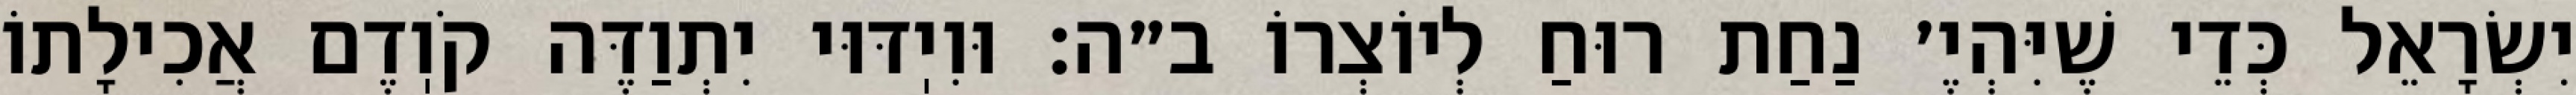
יִשְׂרָאֵל כְּדֵי שֶׁיִּהְיֶ׳ נַחַת רוּחַ לְיוֹצְרוֹ ב״ה: וּוִיֽדּוּי יִתְוַדֶּה קֹוֽדֶם אֲכִילָתוֹ